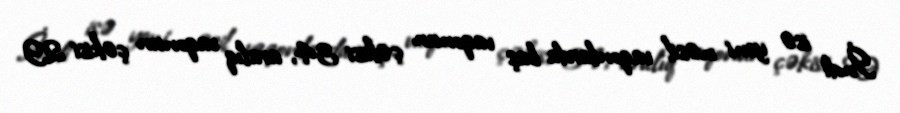
İndi isə yeni nəsil vaqonlarda baş vaqonun çəkisi 34, aralıq vaqonun çəkisi 29